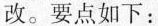
改。要点如下：